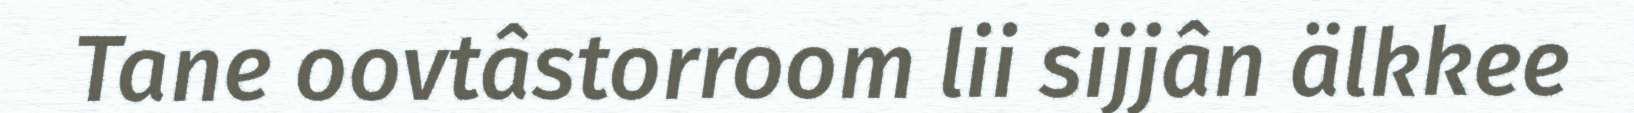
Tane oovtâstorroom lii sijjân älkkee